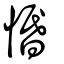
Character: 惽